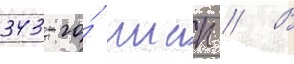
343-го́ ииап // В